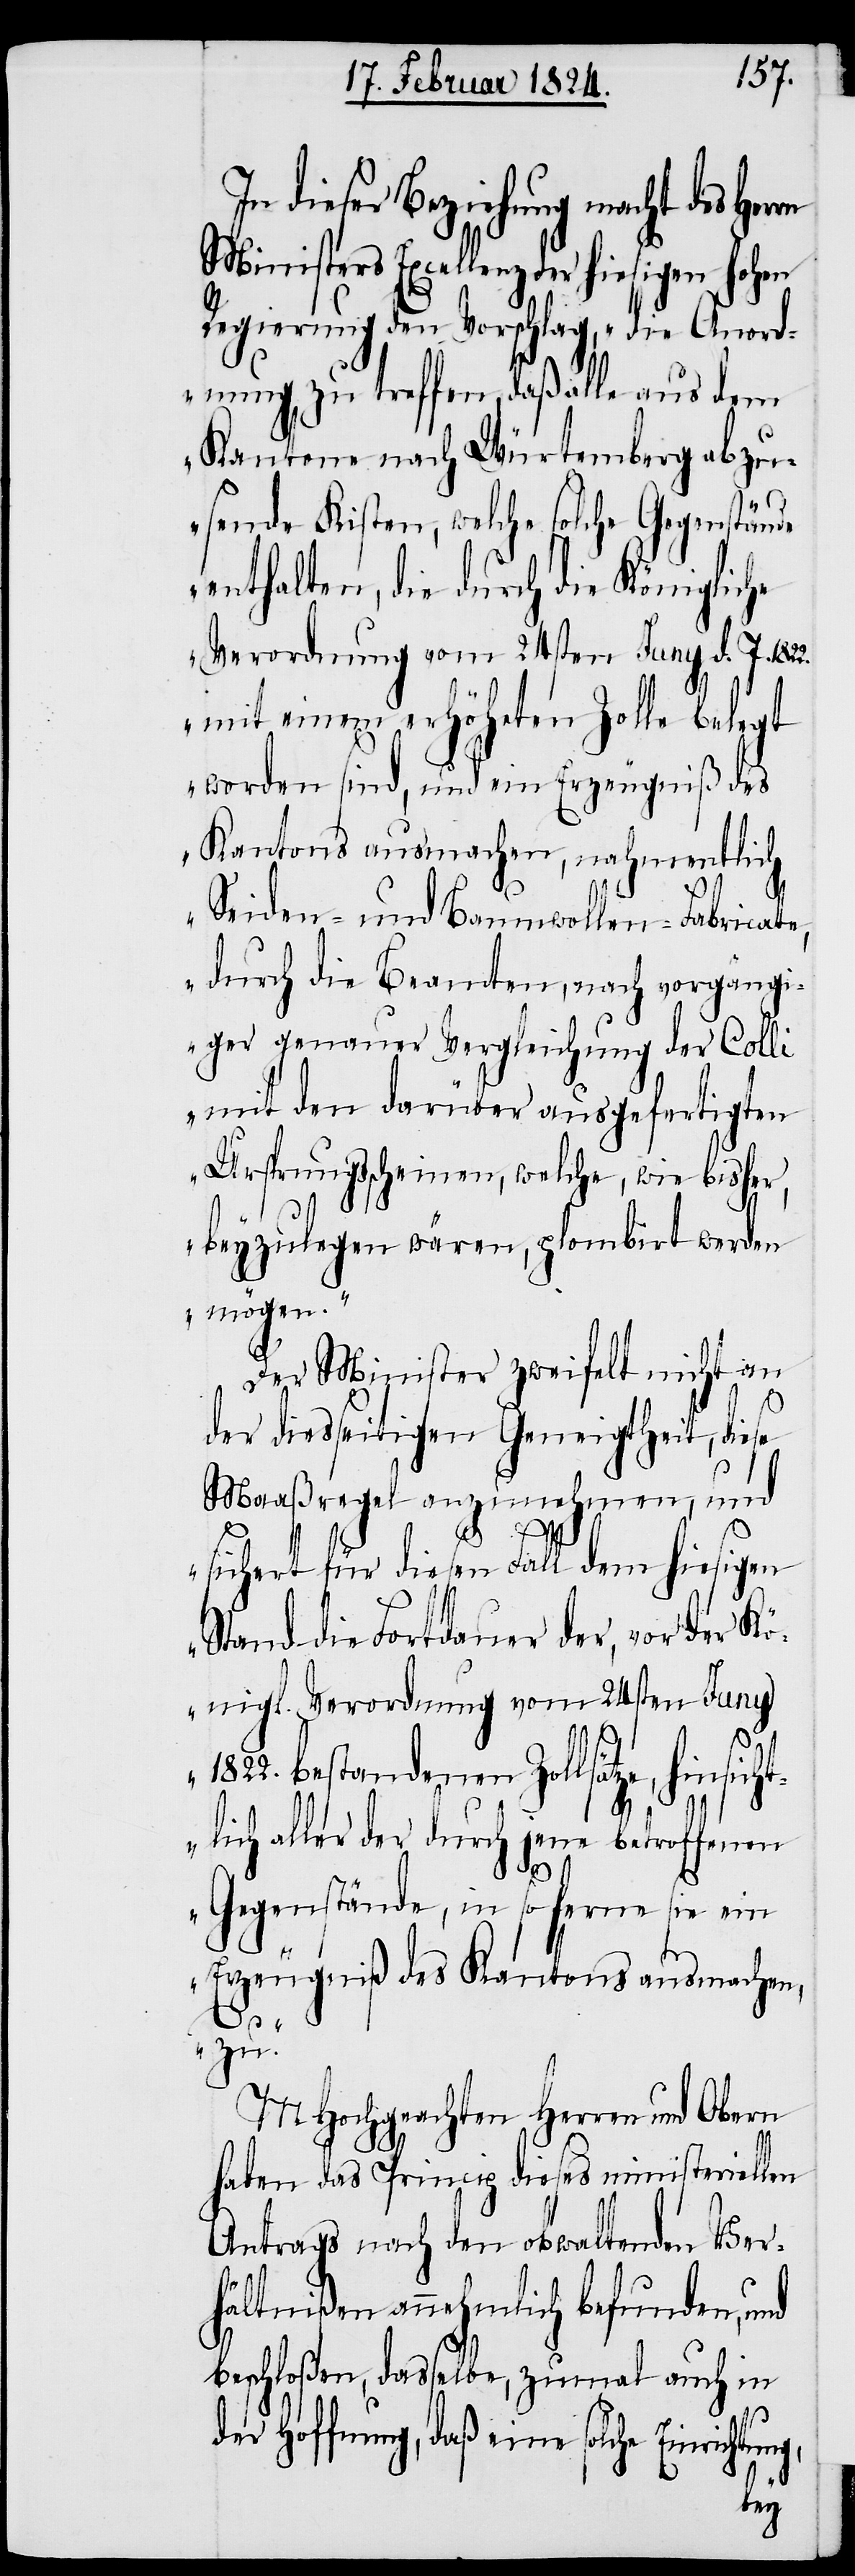
1822.
In dieser Beziehung macht des
Ministers Excellenz der hiesigen hohen
Regierung den Vorschlag, „die Anord¬
nung zu treffen, daß alle aus dem
Kantone nach Würtemberg abzu¬
[sic!] Kisten, welche solche Gegenstände
enthalten, die durch die Königliche
Verordnung vom 24sten Juny d. J.
mit einem erhöheten Zolle belegt
worden sind, und ein Erzeugniß des
Kantons ausmachen, nahmentlich
Seiden- und Baumwollen-Fabricate,
durch die Beamten, nach vorgängi¬
ger genauer Vergleichung der Colli
mit den darüber ausgefertigten
Ursprungsscheinen, welche, wie bisher,
beyzulegen wären, plombirt werden
mögen.“
Der Minister zweifelt nicht an
der diesseitigen Geneigtheit, diese
Maasregel anzunehmen, und
zu.“
sichert für diesen Fall dem hiesigen
Stand die Fortdauer der, vor der Kö¬
nigl. Verordnung vom 24sten Juny
1822. bestandenen Zollsätze, hinsich¬
ich aller der durch jene betroffenen
Gegenstände, in so ferne sie ein
Erzeugniß des Kantons ausmachen,
MHochgeachten Herren und Obern
haben das Princip dieses ministeriellen
Antrags nach den obwaltenden Ver¬
hältnißen annehmlich befunden, und
beschloßen, dasselbe, zumal auch in
der Hoffnung, daß eine solche
tl¬